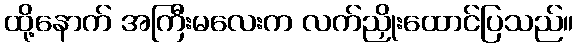
ထို့နောက် အကြီးမလေးက လက်ညှိုးထောင်ပြသည်။